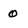
Character: 0